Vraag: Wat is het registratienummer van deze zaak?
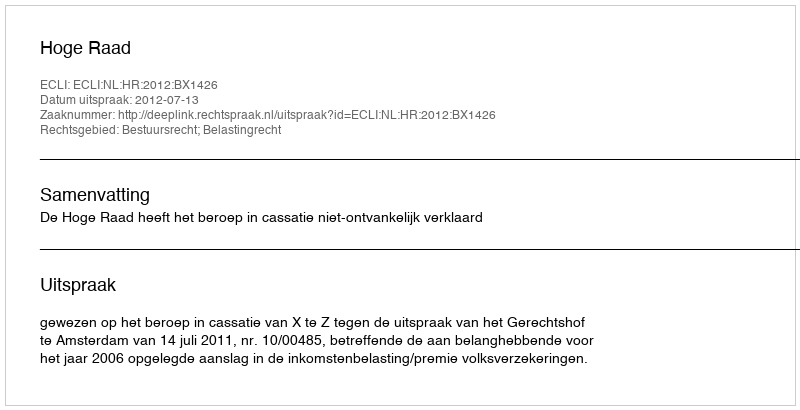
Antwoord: http://deeplink.rechtspraak.nl/uitspraak?id=ECLI:NL:HR:2012:BX1426